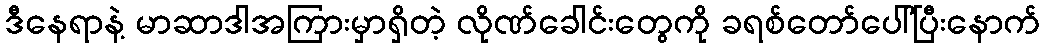
ဒီနေရာနဲ့ မာဆာဒါအကြားမှာရှိတဲ့ လိုဏ်ခေါင်းတွေကို ခရစ်တော်ပေါ်ပြီးနောက်